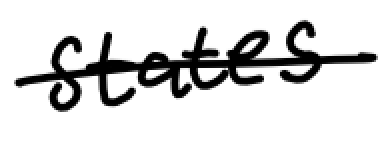
Text: States
Cross-out: single-line
Writing tool: digital_black